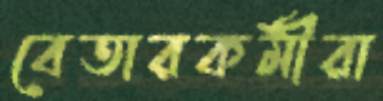
বেতারকর্মীরা